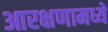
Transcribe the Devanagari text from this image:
आरक्षणामध्ये